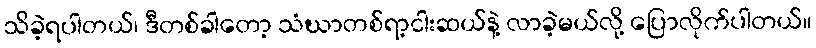
သိခဲ့ရပါတယ်၊ ဒီတစ်ခါတော့ သံဃာတစ်ရာ့ငါးဆယ်နဲ့ လာခဲ့မယ်လို့ ပြောလိုက်ပါတယ်။